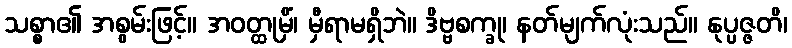
သစ္စာ၏ အစွမ်းဖြင့်။ အဝတ္ထုမှိံ၊ မှီရာမရှိဘဲ။ ဒိဗ္ဗစက္ခု၊ နတ်မျက်လုံးသည်။ နုပ္ပဇ္ဇတိ၊